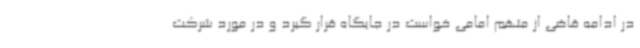
در ادامه قاضی از متهم امامی خواست در جایگاه قرار گیرد و در مورد شرکت